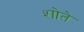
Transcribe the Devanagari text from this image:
शोते